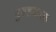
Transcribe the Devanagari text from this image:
बुरुशधारक